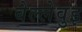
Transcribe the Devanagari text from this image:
बेल्लेवुइ